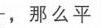
，那么平